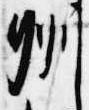
州